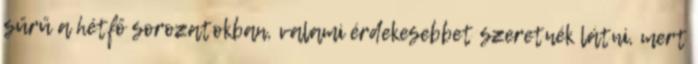
sűrű a hétfő sorozatokban, valami érdekesebbet szeretnék látni, mert